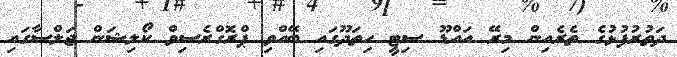
ދަތުރުފުޅުގެ ތެރެއިން މިރޭ އައްޑޫ ސިޓީ ހިތަދޫގައި ބޭއްވި ޕްރޮގްރެސިވް ކޯލިޝަން ޖަލްސާގައި